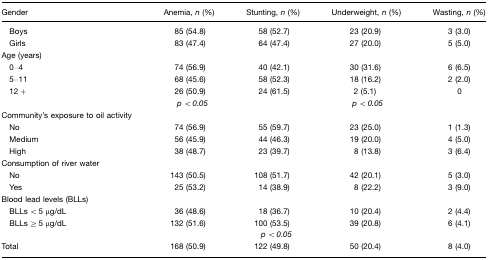
<table><thead><tr><td><b>Gender</b></td><td><b>Anemia, <i>n</i> (%)</b></td><td><b>Stunting, <i>n</i> (%)</b></td><td><b>Underweight, <i>n</i> (%)</b></td><td><b>Wasting, <i>n</i> (%)</b></td></tr></thead><tbody><tr><td> Boys</td><td>85 (54.8)</td><td>58 (52.7)</td><td>23 (20.9)</td><td>3 (3.0)</td></tr><tr><td> Girls</td><td>83 (47.4)</td><td>64 (47.4)</td><td>27 (20.0)</td><td>5 (5.0)</td></tr><tr><td>Age (years)</td><td></td><td></td><td></td><td></td></tr><tr><td> 0–4</td><td>74 (56.9)</td><td>40 (42.1)</td><td>30 (31.6)</td><td>6 (6.5)</td></tr><tr><td> 5–11</td><td>68 (45.6)</td><td>58 (52.3)</td><td>18 (16.2)</td><td>2 (2.0)</td></tr><tr><td> 12+</td><td>26 (50.9)</td><td>24 (61.5)</td><td>2 (5.1)</td><td>0</td></tr><tr><td></td><td><i>p&lt;0.05</i></td><td></td><td><i>p&lt;0.05</i></td><td></td></tr><tr><td>Community&#x27;s exposure to oil activity</td><td></td><td></td><td></td><td></td></tr><tr><td> No</td><td>74 (56.9)</td><td>55 (59.7)</td><td>23 (25.0)</td><td>1 (1.3)</td></tr><tr><td> Medium</td><td>56 (45.9)</td><td>44 (46.3)</td><td>19 (20.0)</td><td>4 (5.0)</td></tr><tr><td> High</td><td>38 (48.7)</td><td>23 (39.7)</td><td>8 (13.8)</td><td>3 (6.4)</td></tr><tr><td>Consumption of river water</td><td></td><td></td><td></td><td></td></tr><tr><td> No</td><td>143 (50.5)</td><td>108 (51.7)</td><td>42 (20.1)</td><td>5 (3.0)</td></tr><tr><td> Yes</td><td>25 (53.2)</td><td>14 (38.9)</td><td>8 (22.2)</td><td>3 (9.0)</td></tr><tr><td>Blood lead levels (BLLs)</td><td></td><td></td><td></td><td></td></tr><tr><td> BLLs&lt;5 μg/dL</td><td>36 (48.6)</td><td>18 (36.7)</td><td>10 (20.4)</td><td>2 (4.4)</td></tr><tr><td> BLLs≥5 μg/dL</td><td>132 (51.6)</td><td>100 (53.5)</td><td>39 (20.8)</td><td>6 (4.1)</td></tr><tr><td></td><td></td><td><i>p&lt;0.05</i></td><td></td><td></td></tr><tr><td>Total</td><td>168 (50.9)</td><td>122 (49.8)</td><td>50 (20.4)</td><td>8 (4.0)</td></tr></tbody></table>